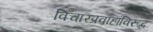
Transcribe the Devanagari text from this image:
विचारप्रवाहांविरुद्ध